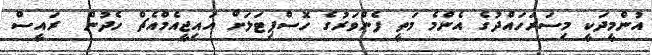
އުންމީދަކީ މިސަރަހައްދުގެ އެންމެ މަތީ ފެންވަރުގެ ހޮސްޕިޓަލަށް އައިޖީއެމްއެޗް ހެދުން  ރައީސް